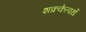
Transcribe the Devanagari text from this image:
शक्रकेत्वर्थे